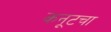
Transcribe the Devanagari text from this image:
कनूटचा